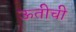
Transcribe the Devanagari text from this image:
ऊतीची